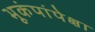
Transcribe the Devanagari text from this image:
भूकंपांपेक्षा